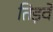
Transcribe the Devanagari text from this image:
तिड़वे